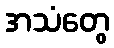
အသံတွေ